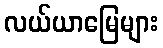
လယ်ယာမြေများ